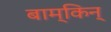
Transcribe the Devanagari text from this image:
बाम्किन्